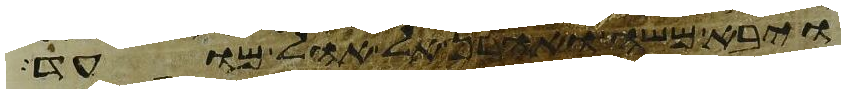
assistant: ויבא משה ואהרן אל אהל מועד